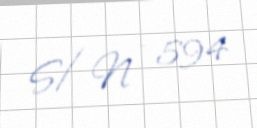
S/N - 594